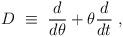
LaTeX: \begin{align*}D ~\equiv~ \frac{d}{d\theta} + \theta \frac{d}{dt} ~,\end{align*}